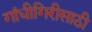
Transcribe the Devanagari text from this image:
गांधीगिरीसाठी